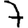
Digit: 7